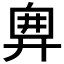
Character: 𢍘